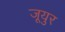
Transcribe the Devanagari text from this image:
जूयुर